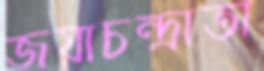
জয়াচন্দ্রাতা